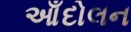
આઁદોલન